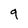
Character: 9